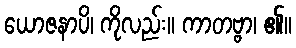
ယောဇနာပိ၊ ကိုလည်း။ ကာတဗ္ဗာ၊ ၏။